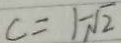
c = 1 - \sqrt { 2 }